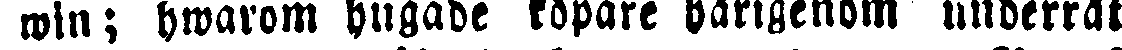
win; hwarom hugade köpare härigenom underrät